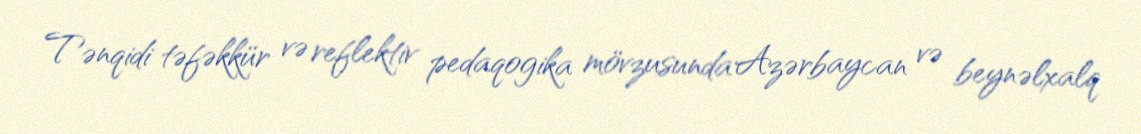
Tənqidi təfəkkür və reflektiv pedaqogika mövzusunda Azərbaycan və beynəlxalq